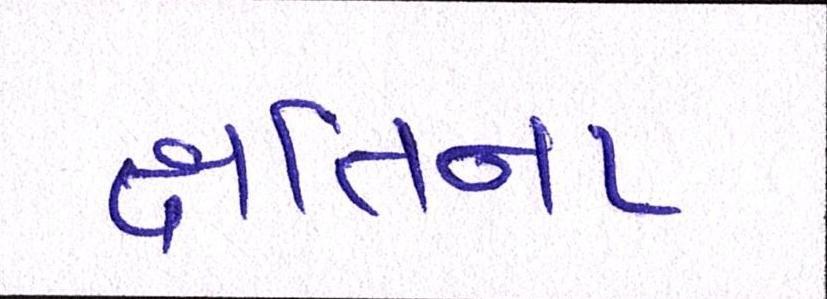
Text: ક્ષતિના